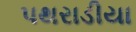
પથરાડીયા